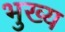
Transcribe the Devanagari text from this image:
भुख्य